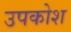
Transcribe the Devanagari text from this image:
उपकोश